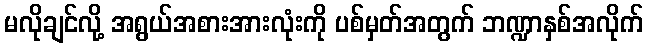
မလိုချင်လို့ အရွယ်အစားအားလုံးကို ပစ်မှတ်အတွက် ဘဏ္ဍာနှစ်အလိုက်